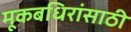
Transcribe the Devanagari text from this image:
मूकबधिरांसाठी